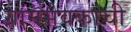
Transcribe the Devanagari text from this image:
ग्रामसेवकाची